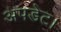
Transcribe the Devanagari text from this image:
अपडेट।